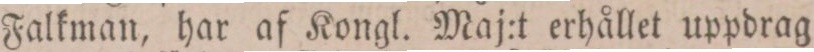
Falkman, har af Kongl. Maj:t erhållet uppdrag